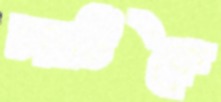
চরটিকে